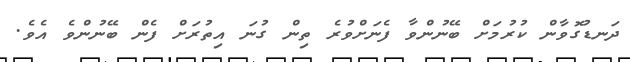
ދަނޑުގޮވާން ކުރުމަށް ބޭނުންވާ ފެނަށްވުރެ ތިން ގުނަ އިތުރަށް ފެން ބޭނުންވެ އެވެ.